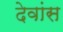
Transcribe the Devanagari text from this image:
देवांस